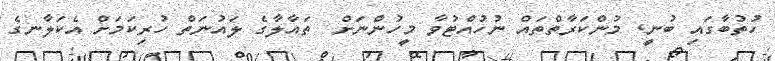
ހުތުބާގައި ބުނީ